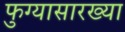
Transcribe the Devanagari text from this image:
फुग्यासारख्या